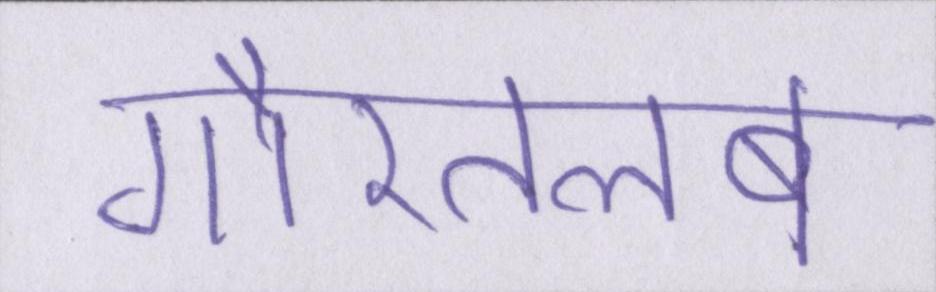
गौरतलब